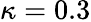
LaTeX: \kappa=0.3